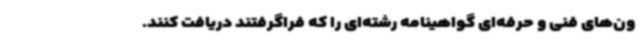
ون‌های فنی و حرفه‌ای گواهینامه رشته‌ای را که فراگرفتند دریافت کنند.